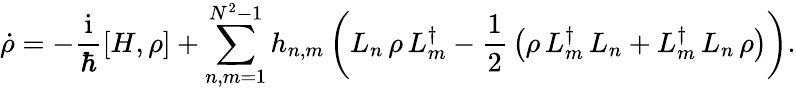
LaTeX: \begin{array}{r}{{\displaystyle{\dot{\rho}}=-{\frac{\mathrm{i}}{\hbar}}[H,\rho]+\sum_{n,m=1}^{N^{2}-1}h_{n,m}\left(L_{n}\, \rho\, L_{m}^{\dagger}-{\frac{1}{2}}\left(\rho\, L_{m}^{\dagger}\, L_{n}+L_{m}^{\dagger}\, L_{n}\, \rho\right)\right)}.}\end{array}